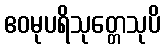
ဧဝမုပရိသုတ္တေသုပိ